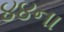
૪૪ના